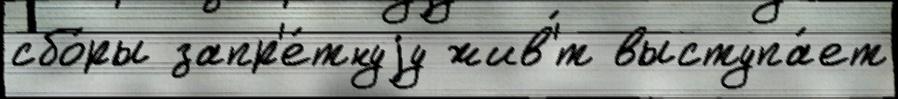
сбо́ры запр'е́тнуjу жив'́т выступа́ет